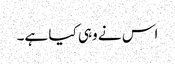
اس نے وہی کیا ہے۔